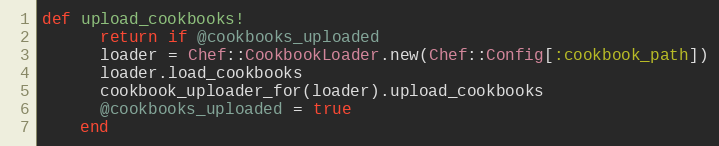
Language: Ruby
def upload_cookbooks!
      return if @cookbooks_uploaded
      loader = Chef::CookbookLoader.new(Chef::Config[:cookbook_path])
      loader.load_cookbooks
      cookbook_uploader_for(loader).upload_cookbooks
      @cookbooks_uploaded = true
    end